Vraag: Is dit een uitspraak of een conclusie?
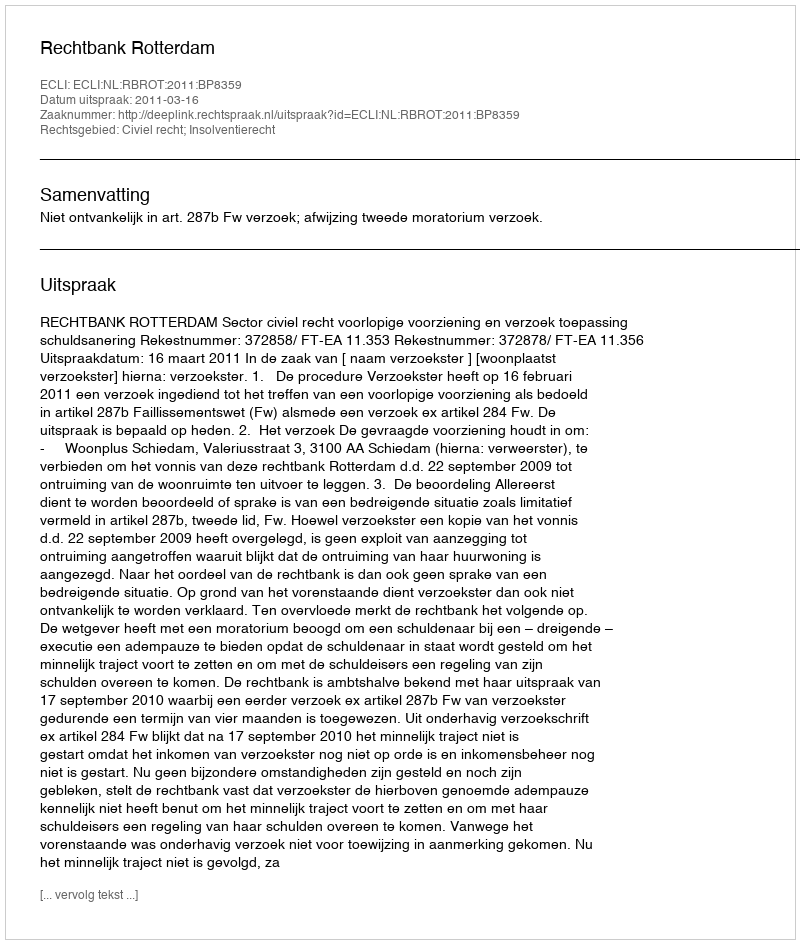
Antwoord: Uitspraak